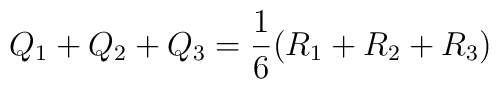
Q_1+Q_2+Q_3=\frac{1}{6}(R_1+R_2+R_3)